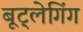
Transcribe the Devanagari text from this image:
बूट्लेगिंग